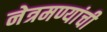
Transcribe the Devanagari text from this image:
नेत्रमण्यांची